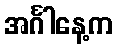
အင်္ဂါနေ့က